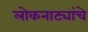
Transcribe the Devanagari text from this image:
लोकनाट्यांचे